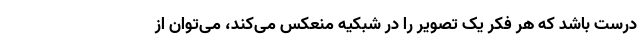
درست باشد که هر فکر یک تصویر را در شبکیه منعکس می‌کند، می‌توان از